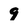
Character: 9